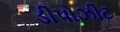
ડીપોઝીટ